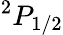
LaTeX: ^2P_{1/2}